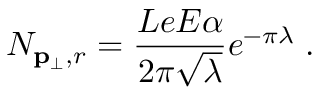
N _ { { \bf p } _ { \perp } , r } = \frac { L e E \alpha } { 2 \pi \sqrt { \lambda } } e ^ { - \pi \lambda } \; .